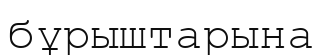
бұрыштарына